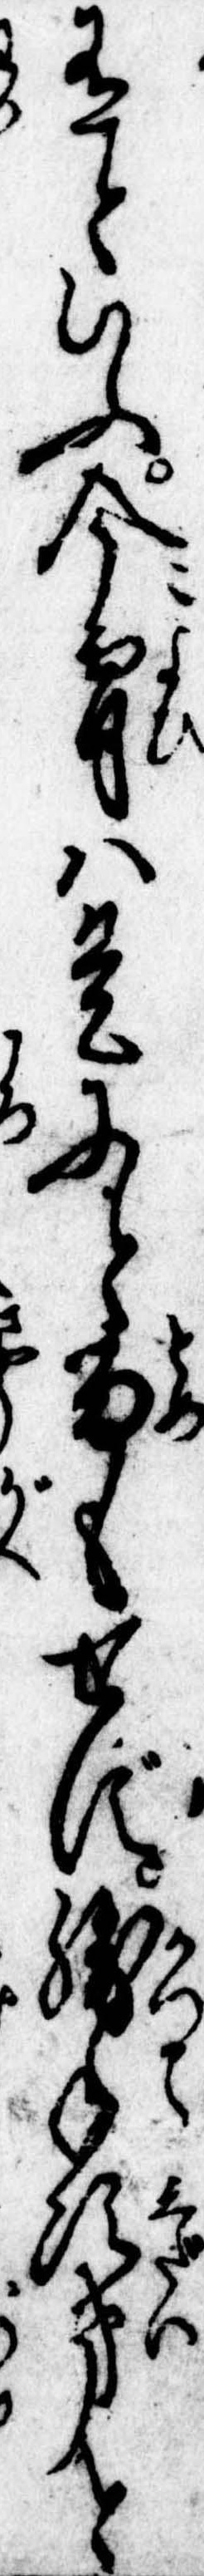
有といふ今宵は是にと留もせず勝手次第と